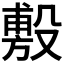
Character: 𪵐